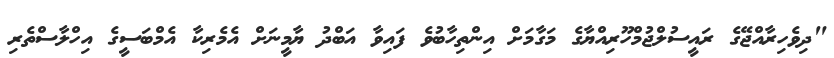
"ދިވެހިރާއްޖޭގެ ރައީސުލްޖުމްހޫރިއްޔާގެ މަގާމަށް އިންތިހާބުވެ ފައިވާ އަބްދު ޔާމީނަށް އެމެރިކާ އެމްބަސީގެ އިހްލާސްތެރި